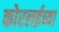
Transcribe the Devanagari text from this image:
कोरलईच्या